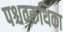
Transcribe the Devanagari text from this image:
पश्चवरूथिका